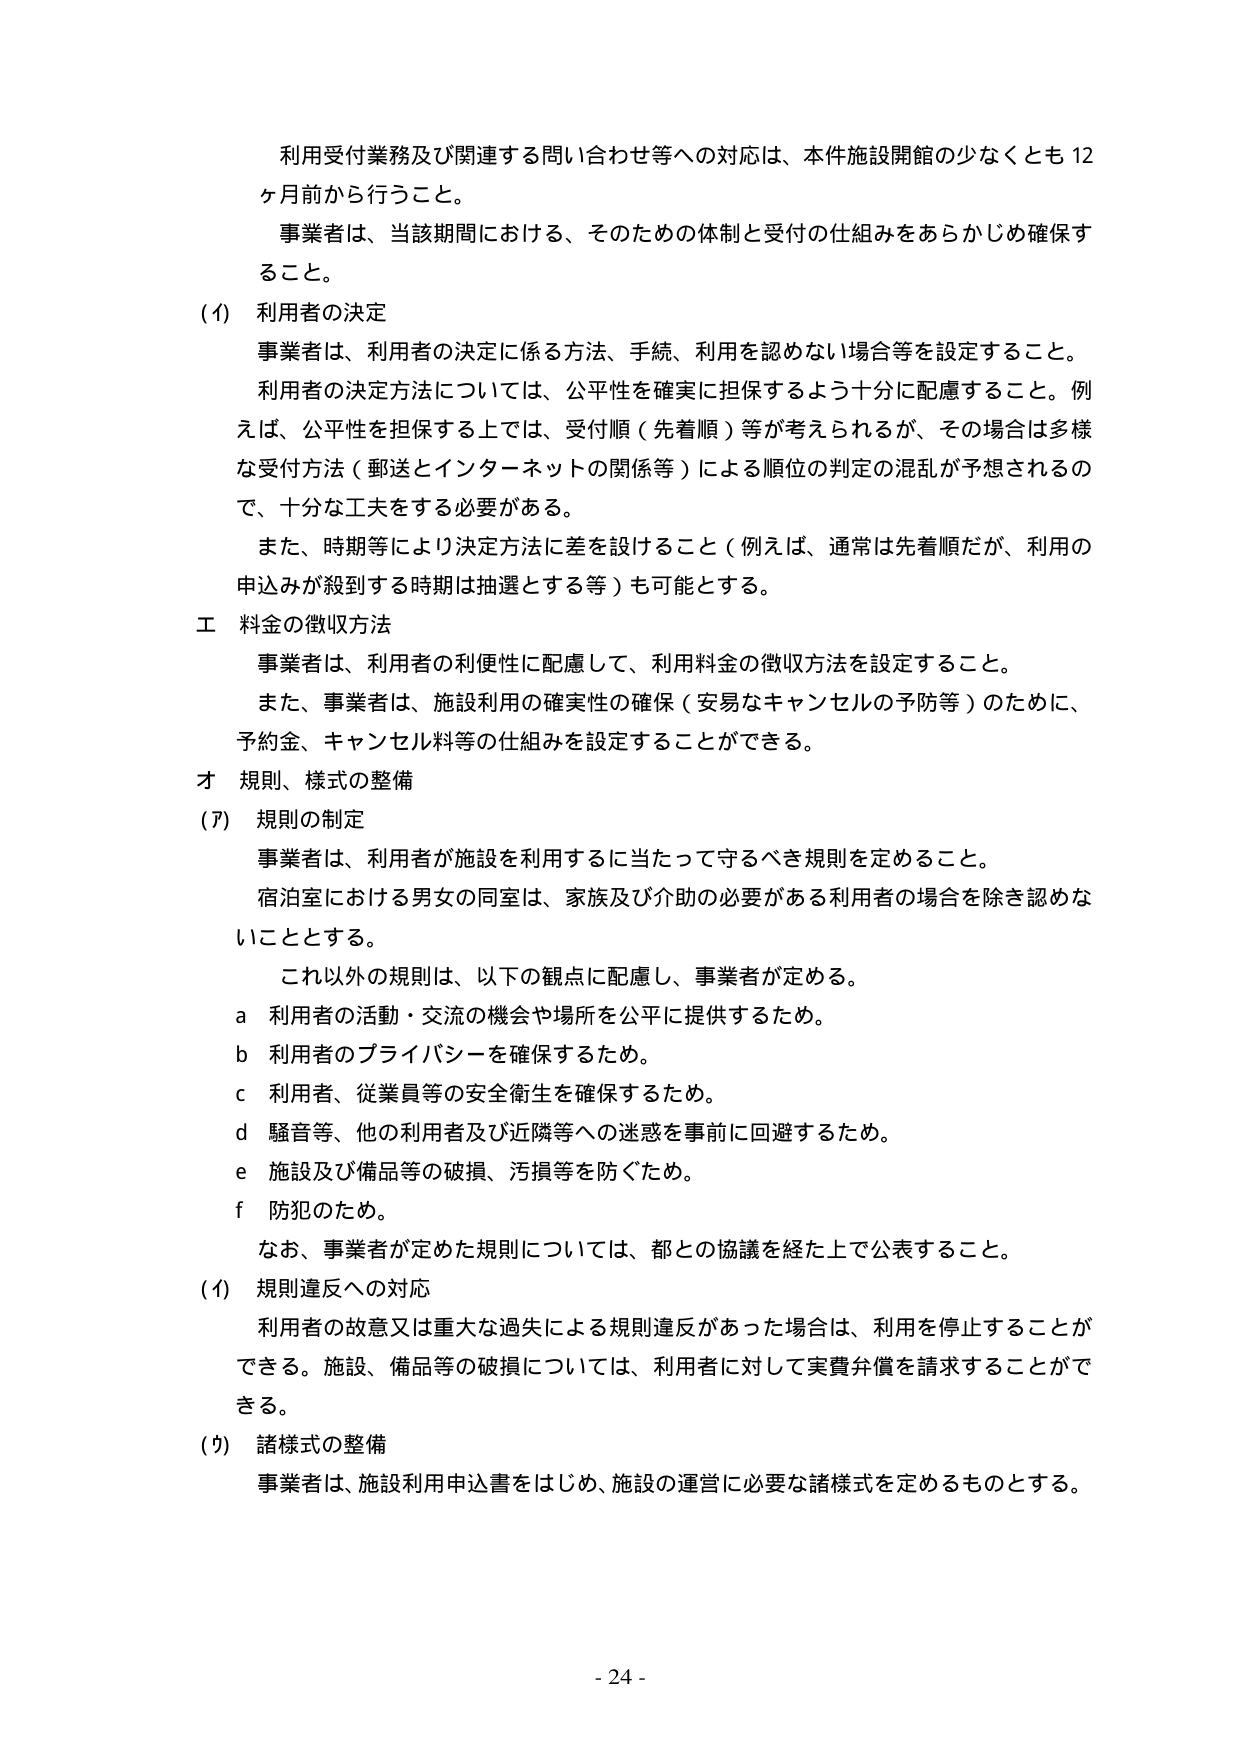
利用受付業務及び関連する問い合わせ等への対応は、本件施設開館の少なくとも12ヶ月前から行うこと。

事業者は、当該期間における、そのための体制と受付の仕組みをあらかじめ確保すること。

(1) 利用者の決定

事業者は、利用者の決定に係る方法、手続、利用を認めない場合等を設定すること。

利用者の決定方法については、公平性を確実に担保するよう十分に配慮すること。例えば、公平性を担保する上では、受付順（先着順）等が考えられるが、その場合は多様な受付方法（郵送とインターネットの関係等）による順位の判定の混乱が予想されるので、十分な工夫をする必要がある。

また、時期等により決定方法に差を設けること（例えば、通常は先着順だが、利用の申込みが殺到する時期は抽選とする等）も可能とする。

エ 料金の徴収方法

事業者は、利用者の利便性に配慮して、利用料金の徴収方法を設定すること。

また、事業者は、施設利用の確実性の確保（安易なキャンセルの予防等）のために、予約金、キャンセル料等の仕組みを設定することができる。

オ 規則、様式の整備

(ア) 規則の制定

事業者は、利用者が施設を利用するに当たって守るべき規則を定めること。

宿泊室における男女の同室は、家族及び介助の必要がある利用者の場合を除き認めないこととする。

これ以外の規則は、以下の観点に配慮し、事業者が定める。

a 利用者の活動・交流の機会や場所を公平に提供するため。

b 利用者のプライバシーを確保するため。

c 利用者、従業員等の安全衛生を確保するため。

d 騒音等、他の利用者及び近隣等への迷惑を事前に回避するため。

e 施設及び備品等の破損、汚損等を防ぐため。

f 防犯のため。

なお、事業者が定めた規則については、都との協議を経た上で公表すること。

(イ) 規則違反への対応

利用者の故意又は重大な過失による規則違反があった場合は、利用を停止することができる。施設、備品等の破損については、利用者に対して実費弁償を請求することができる。

(ウ) 諸様式の整備

事業者は、施設利用申込書をはじめ、施設の運営に必要な諸様式を定めるものとする。

- 24 -